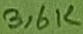
Text: 3,6K